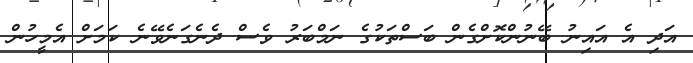
އަދި އެ އައިނު ބޭނުންކޮށްގެން ބަސްތަކުގެ ނަމްބަރު ވެސް ދެނެގަނެވޭނެ ކަމަށް އެމީހުން